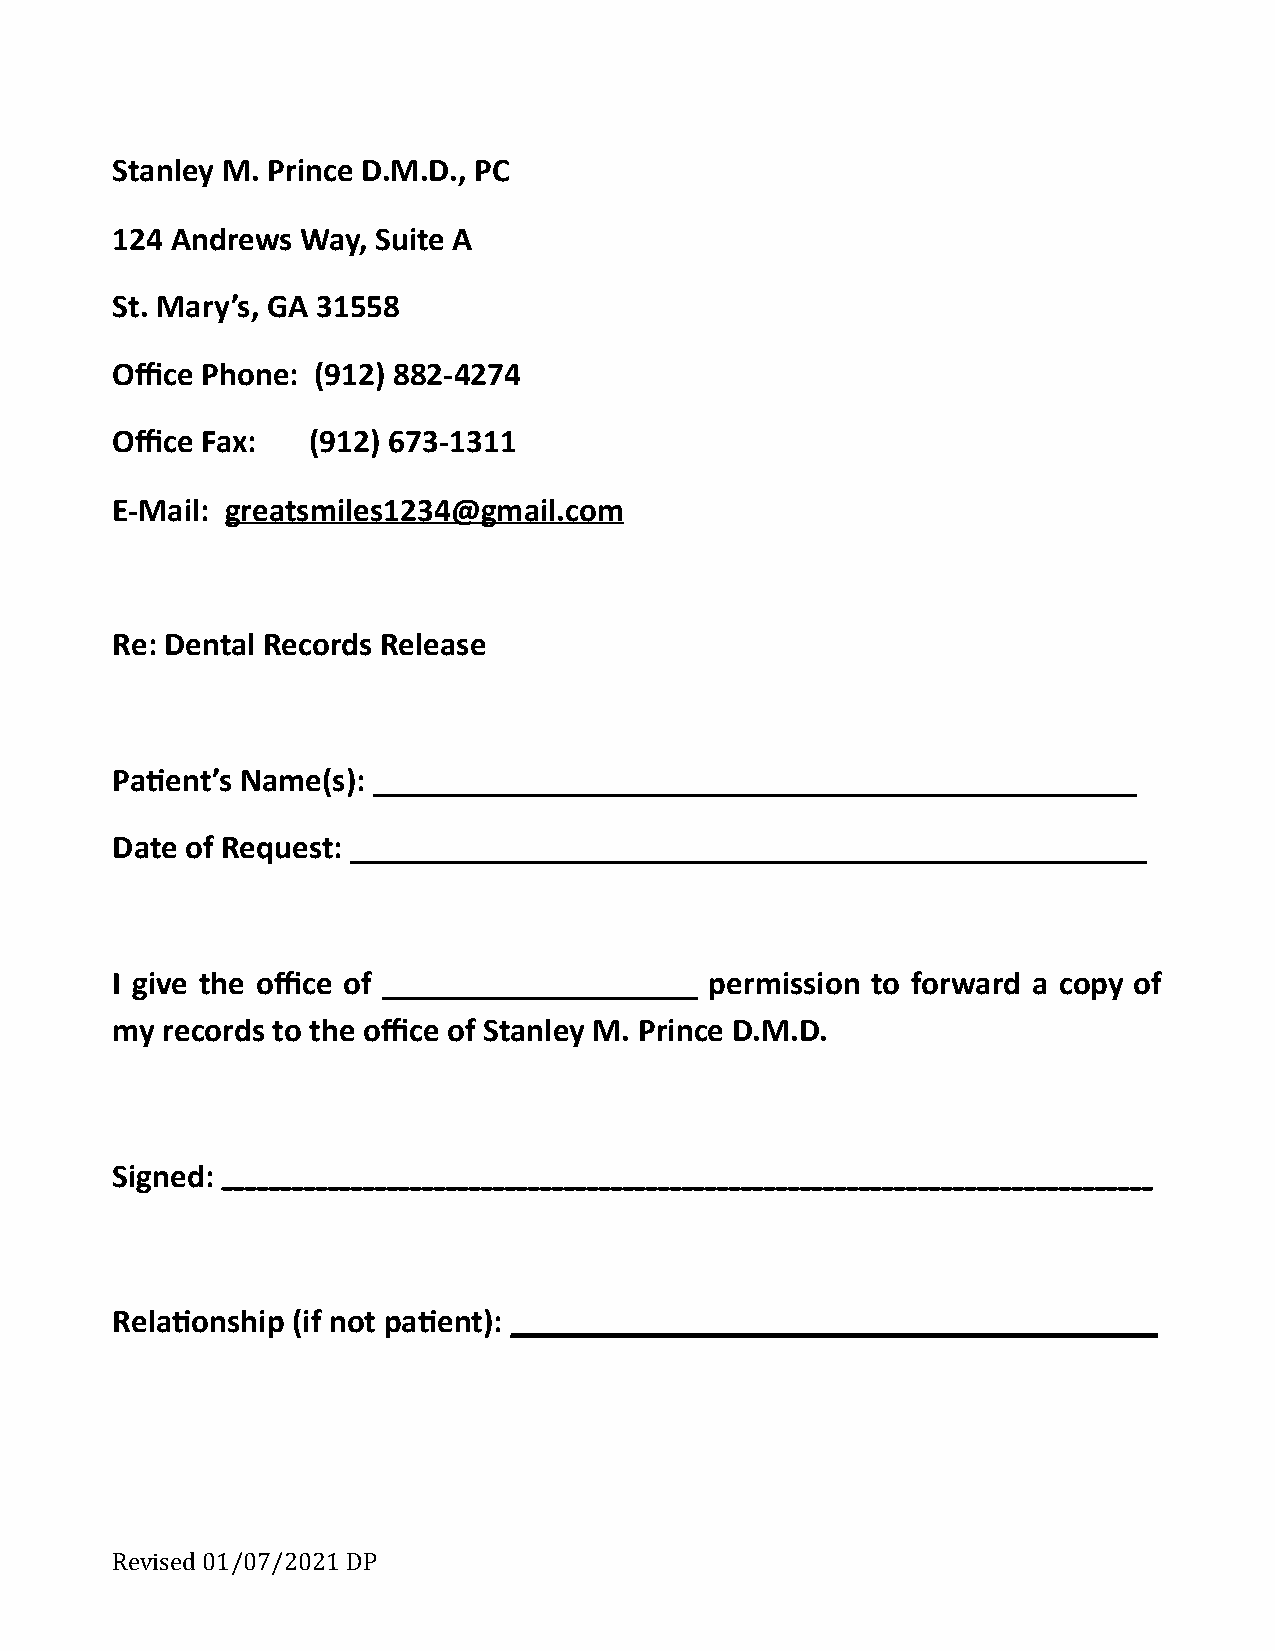
Stanley M. Prince D.M.D., PC
 124 Andrews  Way, Suite A
 St. Mary’s, GA 31558
 Office Phone: (912) 882-4274
 Office Fax:  (912) 673-1311
 E-Mail: g reatsmiles1234@g mail.com
 Re: Dental Records Release
 Paent’s Name(s): ______________________________________________
 Date of Request: ________________________________________________
 I give the office of ___________________ permission to forward a copy of
 my  records to the office of Stanley M. Prince D.M.D.
 Signed: _ ______________________________________________________________________________
 Relaonship (if not paent): _ ______________________________________
 Revised 01/07/2021 DP